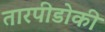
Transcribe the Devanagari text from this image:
तारपीडोकी